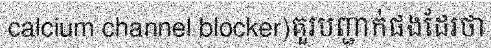
calcium channel blocker)គួរបញ្ជាក់ផងដែរថា